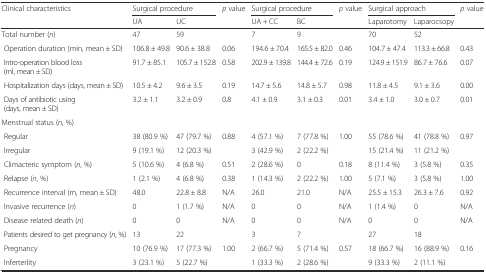
<table><thead><tr><td rowspan="2"><b>Clinical characteristics</b></td><td colspan="2"><b>Surgical procedure</b></td><td rowspan="2"><b><i>p</i> value</b></td><td colspan="2"><b>Surgical procedure</b></td><td rowspan="2"><b><i>p</i> value</b></td><td colspan="2"><b>Surgical approach</b></td><td rowspan="2"><b><i>p</i> value</b></td></tr><tr><td><b>UA</b></td><td><b>UC</b></td><td><b>UA + CC</b></td><td><b>BC</b></td><td><b>Laparotomy</b></td><td><b>Laparocsopy</b></td></tr></thead><tbody><tr><td>Total number (<i>n</i>)</td><td>47</td><td>59</td><td></td><td>7</td><td>9</td><td></td><td>70</td><td>52</td><td></td></tr><tr><td> Operation duration (min, mean ± SD)</td><td>106.8 ± 49.8</td><td>90.6 ± 38.8</td><td>0.06</td><td>194.6 ± 70.4</td><td>165.5 ± 82.0</td><td>0.46</td><td>104.7 ± 47.4</td><td>113.3 ± 66.8</td><td>0.43</td></tr><tr><td> Intro-operation blood loss (ml, mean ± SD)</td><td>91.7 ± 85.1</td><td>105.7 ± 152.8</td><td>0.58</td><td>202.9 ± 139.8</td><td>144.4 ± 72.6</td><td>0.19</td><td>124.9 ± 151.9</td><td>86.7 ± 76.6</td><td>0.07</td></tr><tr><td> Hospitalization days (days, mean ± SD)</td><td>10.5 ± 4.2</td><td>9.6 ± 3.5</td><td>0.19</td><td>14.7 ± 5.6</td><td>14.8 ± 5.7</td><td>0.98</td><td>11.8 ± 4.5</td><td>9.1 ± 3.6</td><td>0.00</td></tr><tr><td> Days of antibiotic using (days, mean ± SD)</td><td>3.2 ± 1.1</td><td>3.2 ± 0.9</td><td>0.8</td><td>4.1 ± 0.9</td><td>3.1 ± 0.3</td><td>0.01</td><td>3.4 ± 1.0</td><td>3.0 ± 0.7</td><td>0.01</td></tr><tr><td>Menstrual status (<i>n</i>, %)</td><td></td><td></td><td></td><td></td><td></td><td></td><td></td><td></td><td></td></tr><tr><td> Regular</td><td>38 (80.9 %)</td><td>47 (79.7 %)</td><td rowspan="2">0.88</td><td>4 (57.1 %)</td><td>7 (77.8 %)</td><td rowspan="2">1.00</td><td>55 (78.6 %)</td><td>41 (78.8 %)</td><td rowspan="2">0.97</td></tr><tr><td> Irregular</td><td>9 (19.1 %)</td><td>12 (20.3 %)</td><td>3 (42.9 %)</td><td>2 (22.2 %)</td><td>15 (21.4 %)</td><td>11 (21.2 %)</td></tr><tr><td> Climacteric symptom (<i>n</i>, %)</td><td>5 (10.6 %)</td><td>4 (6.8 %)</td><td>0.51</td><td>2 (28.6 %)</td><td>0</td><td>0.18</td><td>8 (11.4 %)</td><td>3 (5.8 %)</td><td>0.35</td></tr><tr><td> Relapse (<i>n</i>, %)</td><td>1 (2.1 %)</td><td>4 (6.8 %)</td><td>0.38</td><td>1 (14.3 %)</td><td>2 (22.2 %)</td><td>1.00</td><td>5 (7.1 %)</td><td>3 (5.8 %)</td><td>1.00</td></tr><tr><td> Recurrence interval (m, mean ± SD)</td><td>48.0</td><td>22.8 ± 8.8</td><td>N/A</td><td>26.0</td><td>21.0</td><td>N/A</td><td>25.5 ± 15.3</td><td>26.3 ± 7.6</td><td>0.92</td></tr><tr><td> Invasive recurrence (<i>n</i>)</td><td>0</td><td>1 (1.7 %)</td><td>N/A</td><td>0</td><td>0</td><td>N/A</td><td>1 (1.4 %)</td><td>0</td><td>N/A</td></tr><tr><td> Disease related death (<i>n</i>)</td><td>0</td><td>0</td><td>N/A</td><td>0</td><td>0</td><td>N/A</td><td>0</td><td>0</td><td>N/A</td></tr><tr><td> Patients desired to get pregnancy (<i>n</i>, %)</td><td>13</td><td>22</td><td></td><td>3</td><td>7</td><td></td><td>27</td><td>18</td><td></td></tr><tr><td> Pregnancy</td><td>10 (76.9 %)</td><td>17 (77.3 %)</td><td rowspan="2">1.00</td><td>2 (66.7 %)</td><td>5 (71.4 %)</td><td rowspan="2">0.57</td><td>18 (66.7 %)</td><td>16 (88.9 %)</td><td rowspan="2">0.16</td></tr><tr><td> Inferterlity</td><td>3 (23.1 %)</td><td>5 (22.7 %)</td><td>1 (33.3 %)</td><td>2 (28.6 %)</td><td>9 (33.3 %)</td><td>2 (11.1 %)</td></tr></tbody></table>